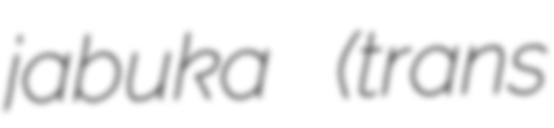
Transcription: jabuka (trans